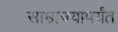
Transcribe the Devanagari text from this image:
साम्राज्यापर्यंत